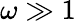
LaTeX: \omega\gg 1